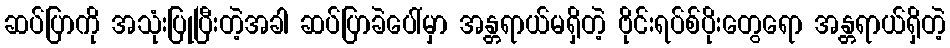
ဆပ်ပြာကို အသုံးပြုပြီးတဲ့အခါ ဆပ်ပြာခဲပေါ်မှာ အန္တရာယ်မရှိတဲ့ ဗိုင်းရပ်စ်ပိုးတွေရော အန္တရာယ်ရှိတဲ့